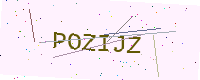
Text: POZIJZ